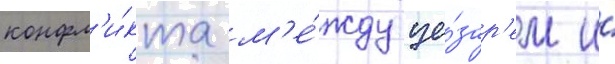
конфл'и́кта м'е́жду це́зар'ем и́